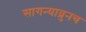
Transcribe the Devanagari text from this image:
सागन्याव्रुनच